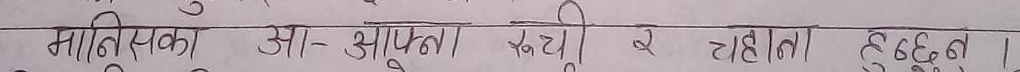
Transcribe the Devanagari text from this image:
माथि (पका) आ-आफ्न रुची र टाहीता हुबीदन